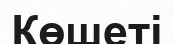
Көшеті